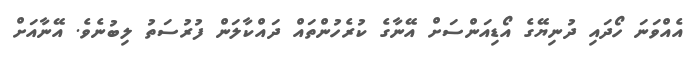
އެއްވަނަ ހޯދައި ދުނިޔޭގެ އޯޑިއަންސަށް އޭނާގެ ކުރެހުންތައް ދައްކާލަން ފުރުސަތު ލިބުނެވެ. އޭނާއަށް